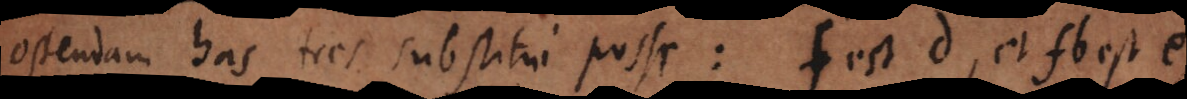
ostendam has tres substitui posse: f est d, et fb est e,